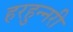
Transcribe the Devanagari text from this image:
हरहुन्‍नरी